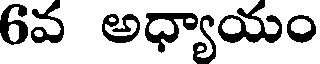
6వ అధ్యాయం